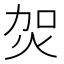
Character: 𤇞